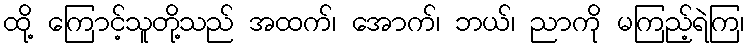
ထို့ ကြောင့်သူတို့သည် အထက်၊ အောက်၊ ဘယ်၊ ညာကို မကြည့်ရဲကြ၊